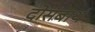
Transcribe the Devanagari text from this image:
दोसबार्थ